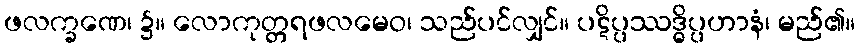
ဖလက္ခဏေ၊ ၌။ လောကုတ္တရဖလမေဝ၊ သည်ပင်လျှင်။ ပဋိပ္ပဿဒ္ဓိပ္ပဟာနံ၊ မည်၏။